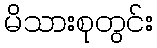
မိသားစုတွင်း